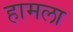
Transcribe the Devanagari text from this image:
हामला